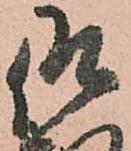
仰